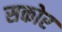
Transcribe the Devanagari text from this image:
सकोर